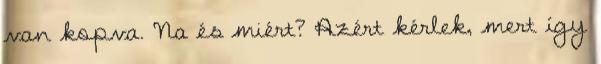
van kopva. Na és miért? Azért kérlek, mert így